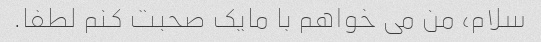
سلام، من می خواهم با مایک صحبت کنم لطفا.